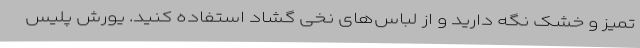
تمیز و خشک نگه دارید و از لباس‌های نخی گشاد استفاده کنید. یورش پلیس